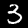
Label: 3